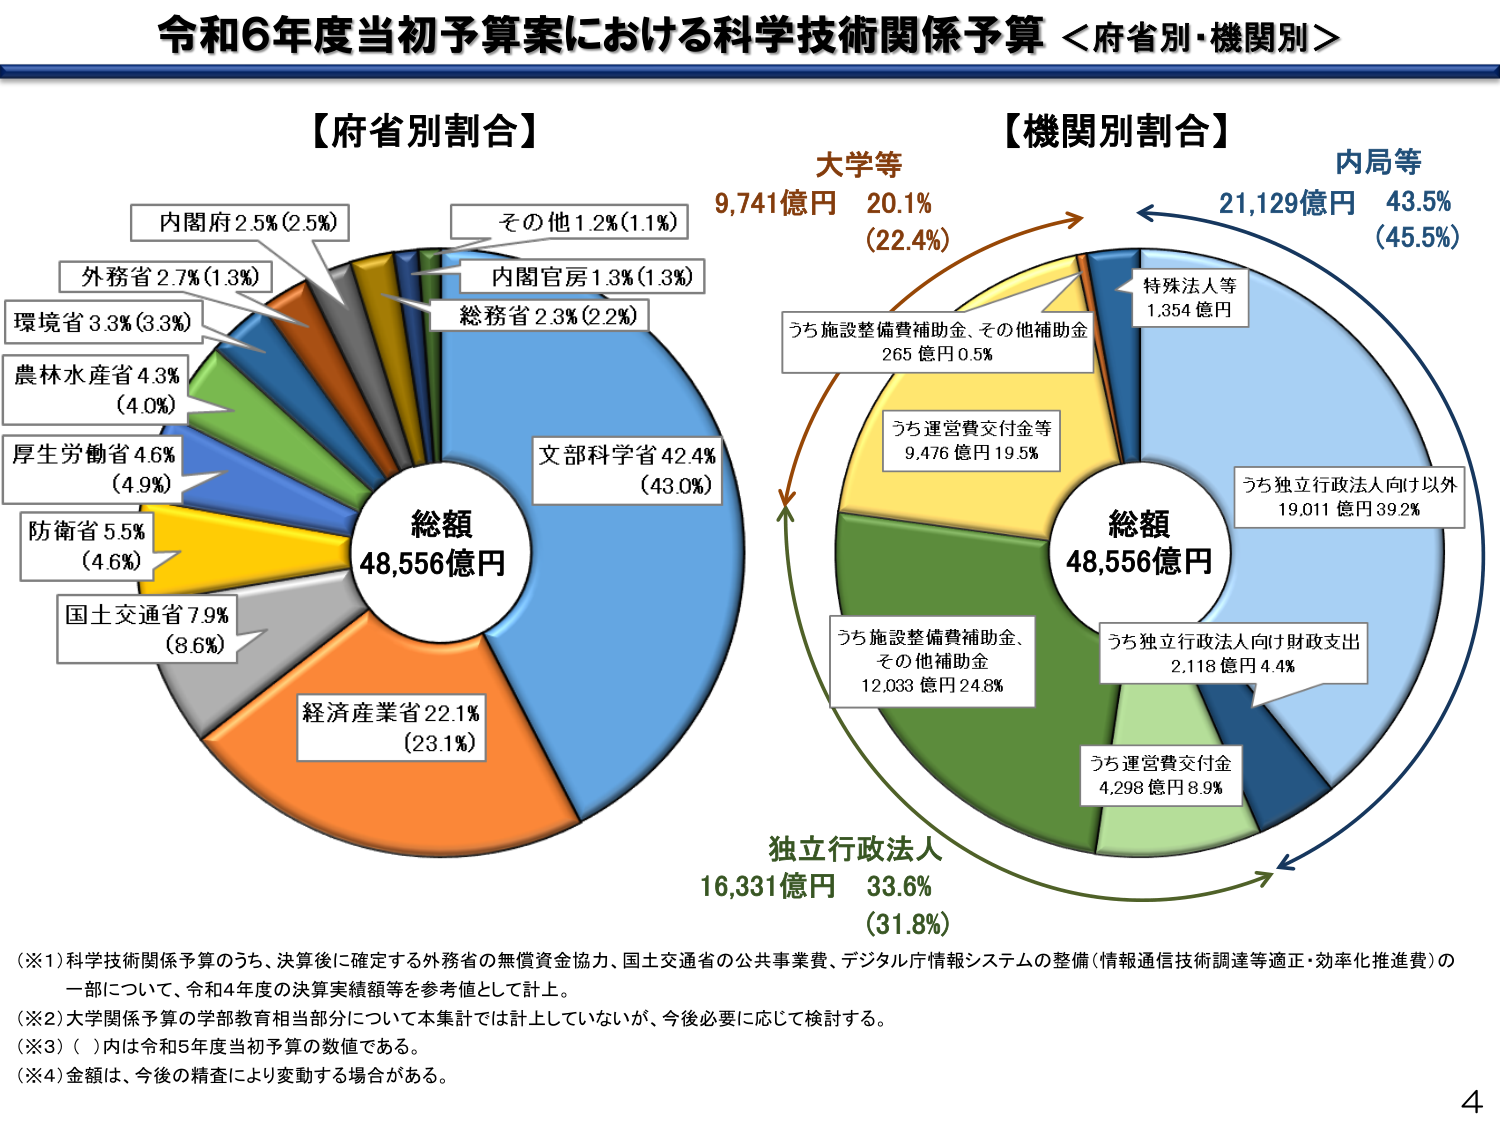
令和6年度当初予算案における科学技術関係予算 ＜府省別・機関別＞

【府省別割合】
内閣府 2.5% (2.5%)
外務省 2.7% (1.3%)
環境省 3.3% (3.3%)
農林水産省 4.3% (4.0%)
厚生労働省 4.6% (4.9%)
防衛省 5.5% (4.6%)
国土交通省 7.9% (8.6%)
経済産業省 22.1% (23.1%)
文部科学省 42.4% (43.0%)
総務省 2.3% (2.2%)
内閣官房 1.3% (1.3%)
その他 1.2% (1.1%)
総額 48,556億円

【機関別割合】
内局等 21,129億円 43.5% (45.5%)
大学等 9,741億円 20.1% (22.4%)
独立行政法人 16,331億円 33.6% (31.8%)
特殊法人等 1,354億円
うち独立行政法人向け以外 19,011億円 39.2%
うち独立行政法人向け財政支出 2,118億円 4.4%
うち運営費交付金 4,298億円 8.9%
うち施設整備補助金、その他補助金 12,033億円 24.8%
うち運営費交付金等 9,476億円 19.5%
うち施設整備補助金、その他補助金 265億円 0.5%
総額 48,556億円

（※1）科学技術関係予算のうち、決算後に確定する外務省の無償資金協力、国土交通省の公共事業費、デジタル庁情報システムの整備（情報通信技術調達等適正・効率化推進費）の一部について、令和4年度の決算実績額等を参考値として計上。
（※2）大学関係予算の学部教育相当部分について本集計では計上していないが、今後必要に応じて検討する。
（※3）（ ）内は令和5年度当初予算の数値である。
（※4）金額は、今後の精査により変動する場合がある。

4